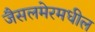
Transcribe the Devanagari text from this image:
जैसलमेरमधील